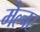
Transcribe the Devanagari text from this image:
मेल्चर